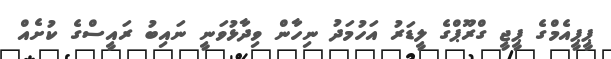
ޕީޕީއެމްގެ ޕީޖީ ގްރޫޕްގެ ލީޑަރު އަހުމަދު ނިހާން ވިދާޅުވަނީ ނައިބު ރައީސްގެ ކުށެއް